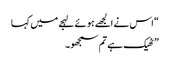
“ اس نے الجھے ہوئے لہجے میں کہا
” ٹھیک ہے تم سمجھو۔